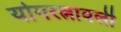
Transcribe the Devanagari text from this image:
योगरत्नावली